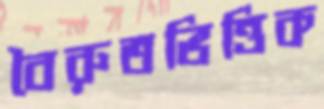
বৈরুতভিত্তিক